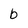
Character: b